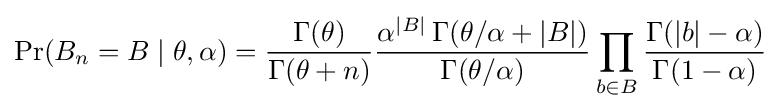
\Pr(B_{n}=B\mid \theta ,\alpha )={\frac {\Gamma (\theta )}{\Gamma (\theta +n)}}{\dfrac {\alpha ^{|B|}\,\Gamma (\theta /\alpha +|B|)}{\Gamma (\theta /\alpha )}}\prod _{b\in B}{\dfrac {\Gamma (|b|-\alpha )}{\Gamma (1-\alpha )}}